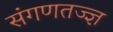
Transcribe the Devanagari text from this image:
संगणतज्ज्ञ